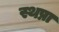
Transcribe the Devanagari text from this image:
स्थप्ना